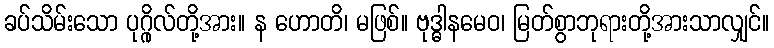
ခပ်သိမ်းသော ပုဂ္ဂိုလ်တို့အား။ န ဟောတိ၊ မဖြစ်။ ဗုဒ္ဓါနမေဝ၊ မြတ်စွာဘုရားတို့အားသာလျှင်။